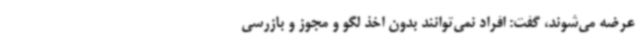
عرضه می‌شوند، گفت: افراد نمی‌توانند بدون اخذ لگو و مجوز و بازرسی